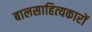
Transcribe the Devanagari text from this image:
बालसाहित्‍यकारों